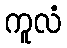
ကူလံ